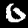
Digit: 0